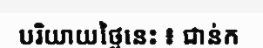
បរិយាយថ្ងៃនេះ ៖ ជាន់ក